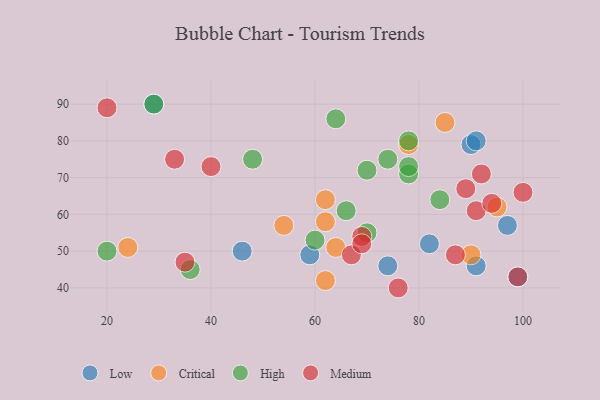
{"axis": {"x": "GDP", "y": "Life Expectancy"}, "legend": ["Critical", "High", "Low", "Medium"], "data": [{"x": "46", "y": 50, "type": "Low"}, {"x": "59", "y": 49, "type": "Low"}, {"x": "90", "y": 79, "type": "Low"}, {"x": "99", "y": 43, "type": "Low"}, {"x": "91", "y": 46, "type": "Low"}, {"x": "97", "y": 57, "type": "Low"}, {"x": "29", "y": 90, "type": "Low"}, {"x": "91", "y": 80, "type": "Low"}, {"x": "82", "y": 52, "type": "Low"}, {"x": "74", "y": 46, "type": "Low"}, {"x": "54", "y": 57, "type": "Critical"}, {"x": "64", "y": 51, "type": "Critical"}, {"x": "78", "y": 79, "type": "Critical"}, {"x": "62", "y": 64, "type": "Critical"}, {"x": "62", "y": 42, "type": "Critical"}, {"x": "95", "y": 62, "type": "Critical"}, {"x": "90", "y": 49, "type": "Critical"}, {"x": "85", "y": 85, "type": "Critical"}, {"x": "62", "y": 58, "type": "Critical"}, {"x": "24", "y": 51, "type": "Critical"}, {"x": "84", "y": 64, "type": "High"}, {"x": "70", "y": 72, "type": "High"}, {"x": "29", "y": 90, "type": "High"}, {"x": "60", "y": 53, "type": "High"}, {"x": "78", "y": 80, "type": "High"}, {"x": "78", "y": 71, "type": "High"}, {"x": "64", "y": 86, "type": "High"}, {"x": "20", "y": 50, "type": "High"}, {"x": "66", "y": 61, "type": "High"}, {"x": "70", "y": 55, "type": "High"}, {"x": "36", "y": 45, "type": "High"}, {"x": "78", "y": 73, "type": "High"}, {"x": "48", "y": 75, "type": "High"}, {"x": "74", "y": 75, "type": "High"}, {"x": "91", "y": 61, "type": "Medium"}, {"x": "20", "y": 89, "type": "Medium"}, {"x": "40", "y": 73, "type": "Medium"}, {"x": "100", "y": 66, "type": "Medium"}, {"x": "76", "y": 40, "type": "Medium"}, {"x": "94", "y": 63, "type": "Medium"}, {"x": "67", "y": 49, "type": "Medium"}, {"x": "69", "y": 54, "type": "Medium"}, {"x": "99", "y": 43, "type": "Medium"}, {"x": "92", "y": 71, "type": "Medium"}, {"x": "89", "y": 67, "type": "Medium"}, {"x": "33", "y": 75, "type": "Medium"}, {"x": "35", "y": 47, "type": "Medium"}, {"x": "69", "y": 52, "type": "Medium"}, {"x": "87", "y": 49, "type": "Medium"}]}